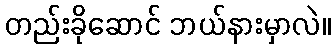
တည်းခိုဆောင် ဘယ်နားမှာလဲ။